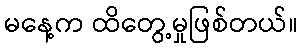
မနေ့က ထိတွေ့မှုဖြစ်တယ်။